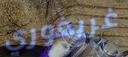
غريغوري